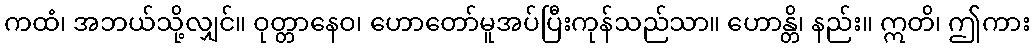
ကထံ၊ အဘယ်သို့လျှင်။ ဝုတ္တာနေဝ၊ ဟောတော်မူအပ်ပြီးကုန်သည်သာ။ ဟောန္တိ၊ နည်း။ ဣတိ၊ ဤကား